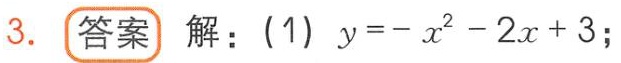
3. 答案 解：(1) \(y = -x^{2}-2x + 3\);